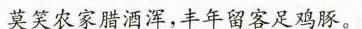
莫笑农家腊酒浑，丰年留客足鸡豚。